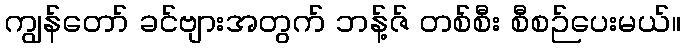
ကျွန်တော် ခင်ဗျားအတွက် ဘန့်ဇ် တစ်စီး စီစဉ်ပေးမယ်။